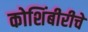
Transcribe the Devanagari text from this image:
कोशिंबीरीचे